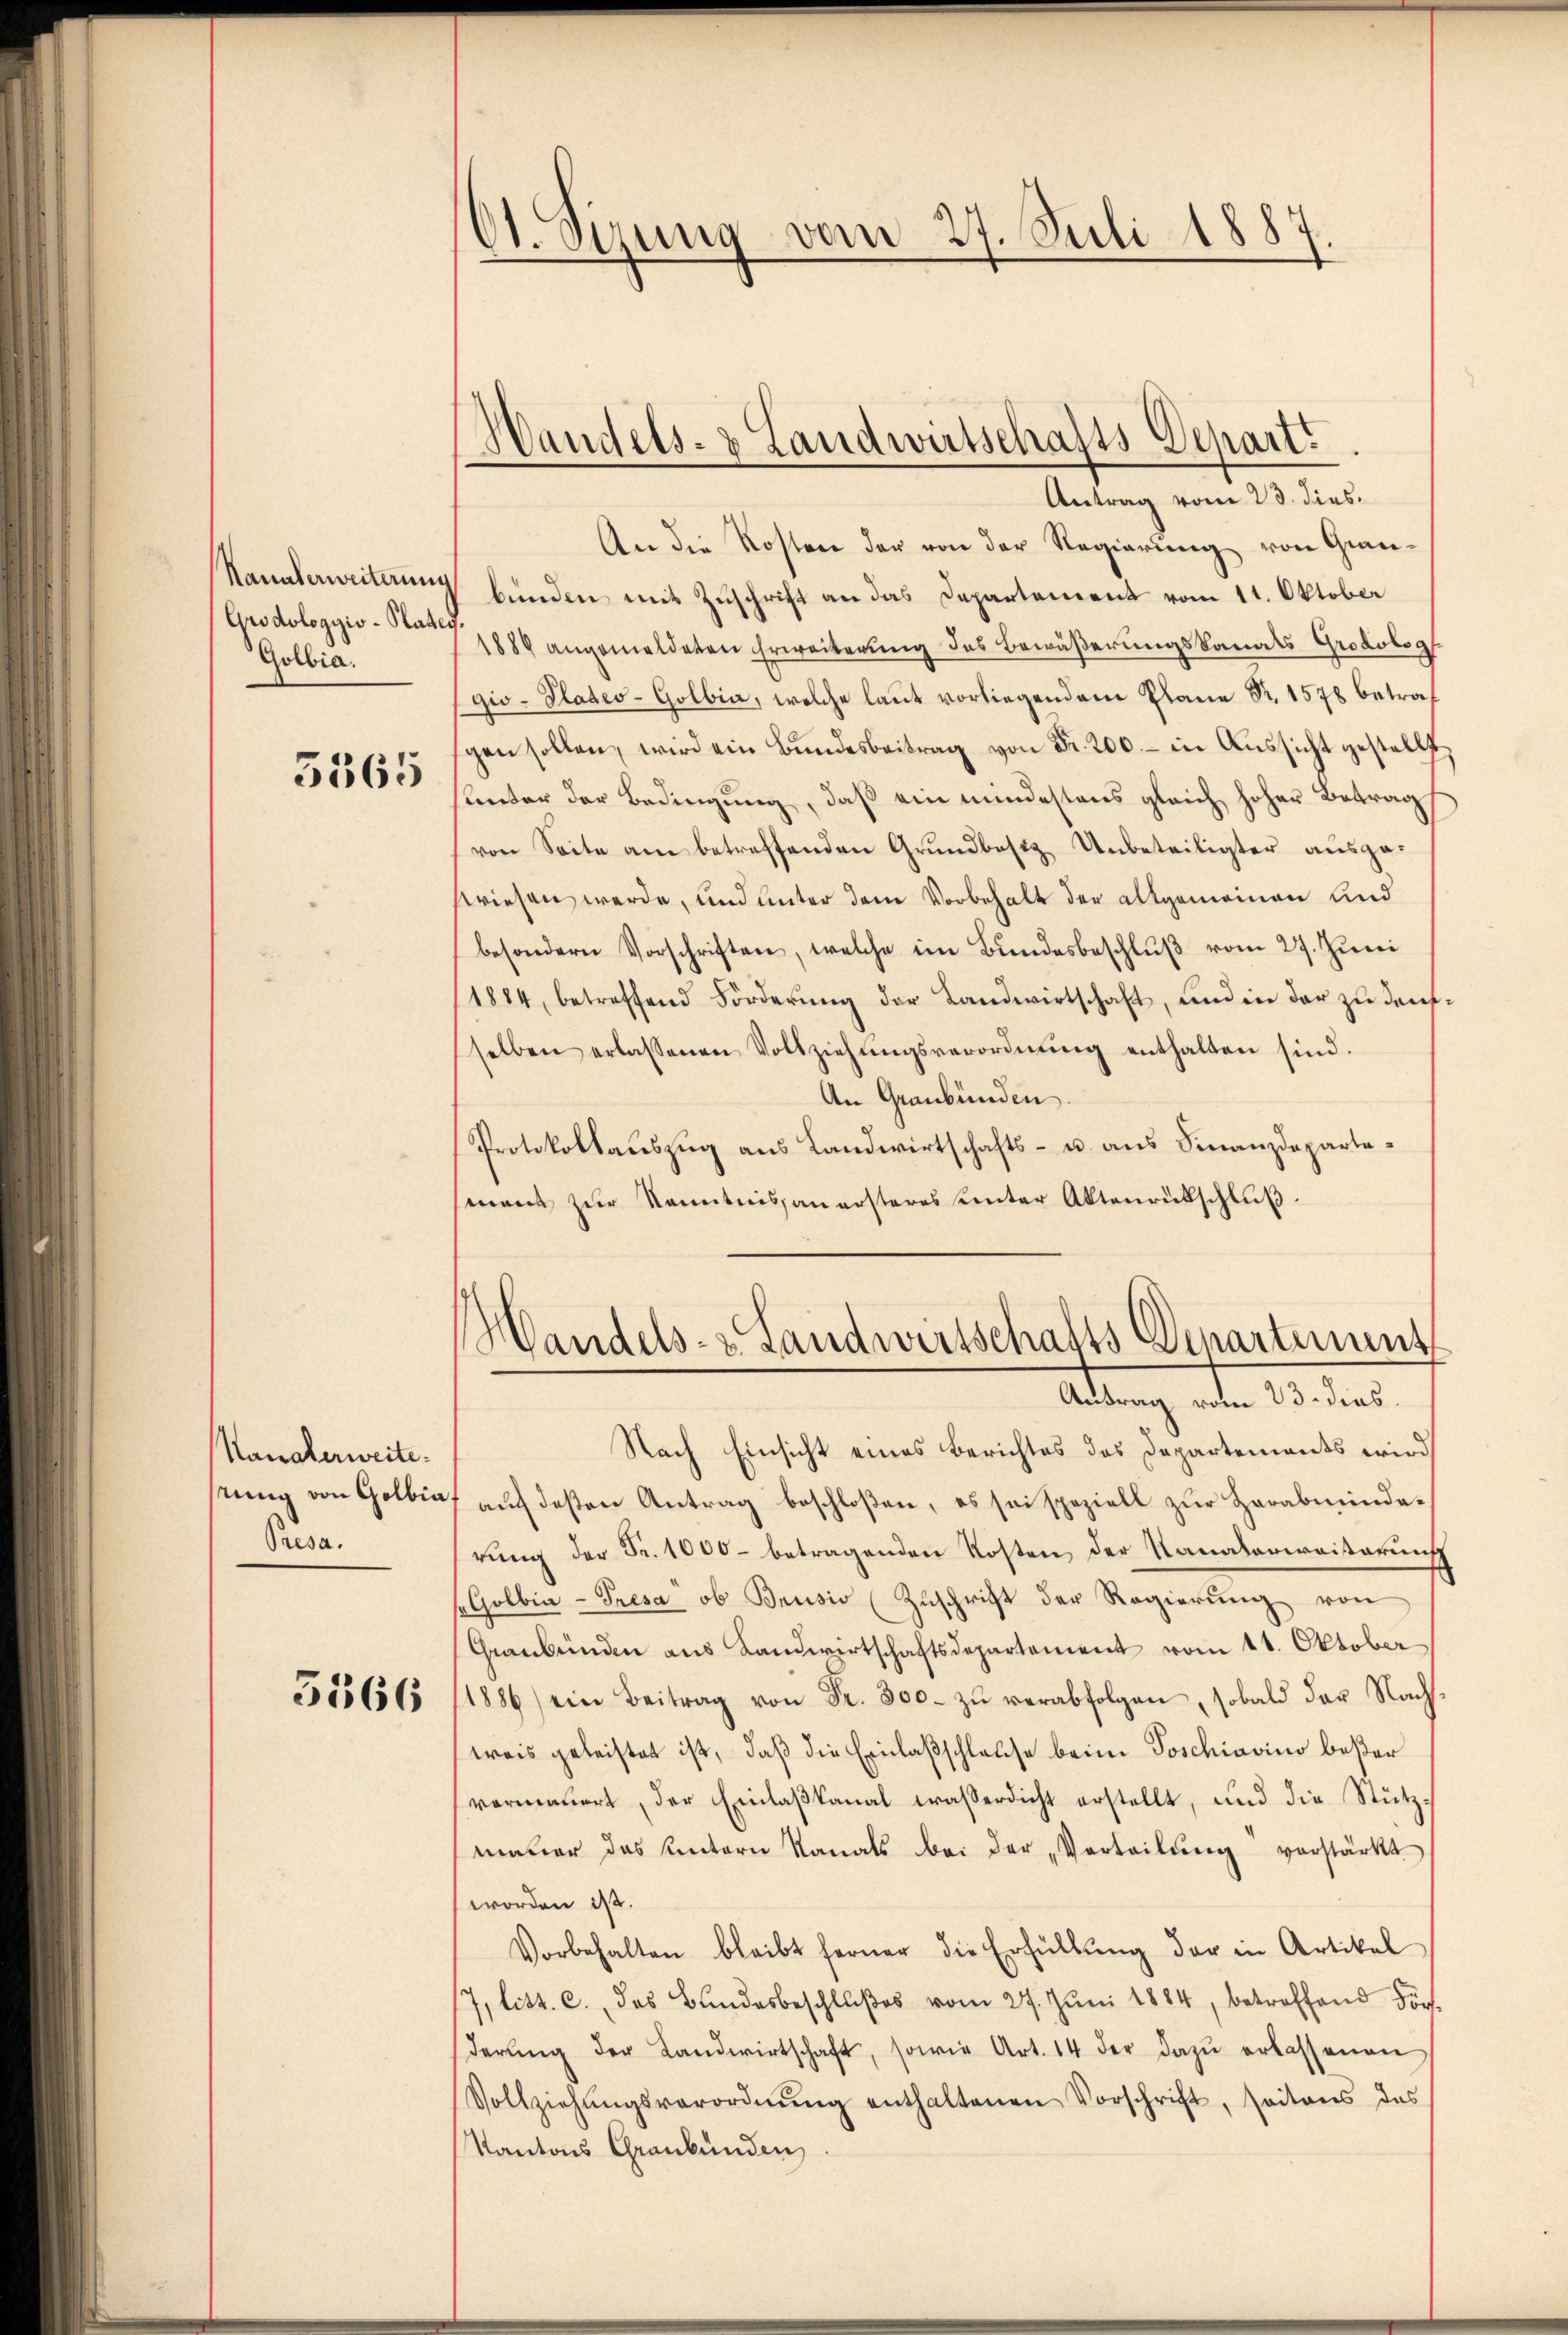
Haunterweiterung
Grodologyiv-Platey
Golbia.

5365

Kanalerweite.
stung von Golbia,
Presa.

5566

Ot. Sizung vom 27. Juli 1887.

Handels- & Landwirtschafts-Depart.

Antrag vom 23. dies
An die Kosten der von der Regierung von Grau-
bünden mit Zuschrift an das Departement vom 11. Oktober
(1886 angemeldeten Erweiterung des Bewäßerungskanals Grodolsg
gio-Plateo-Golbia, welche laut vorliegendem Plane S. 1578 betraf
gen sollen, wird ein Bŭndesbeitrag von Fr. 200.- in Aussicht gestellt
Lnter der Bedingung, daß ein mindestens gleich hoher Betrag
von Seite am betreffenden Grundbesiz Unbeteiligter ausgewiesen werde, und unter dem Vorbehalt der allgemeinen und
besondern Vorschriften, welche im Bŭndesbeschlŭβ vom 27. Jŭni
1884, betreffend Forderŭng der Landwirtschaft, und in der zu denf
selben erlassenen Vollziehŭngsverordnŭng enthalten sind.
An Graubünden.
Protokollauszug aus Landwirtschafts- u. aus Finanzdepartement zur Kenntnissanersteres unter Aktenrückschluß.
Handels- & Landwirtschafts Departemens
Antrag vom 23. dies.
Nach Einsicht eines Berichtes des Departements wird
auf deßen Antrag beschloßen, es sei speziell zur Harabminderung der Fr. 1000 betragenden Kosten der Kanalariaisterung
Golbia-Presa ob Brusio (Zŭschrift der Regierŭng von
Graubünden aus Landwirtschaftsdepartement vom 11. Oktober
1886) ein Beitrag von Fr. 800. zu verabfolgen, sobald der Nachsweis geleistet ist, daß die Einlaßschlause beim Poschiavino beßer
vermauert, der Einlaßkanal waßerdicht erstellt, und die Stützmauer das Untern Kanals bei der „Verteilŭng verstärkt
worden ist.
Vorbehalten bleibt ferner die Erfüllŭng der in Artikel
7, litt. c. das Bundesbeschlußes vom 27. Jŭni 1884, betroffend För-
derŭng der Landwirtschaft, sowie Art. 14 der dazŭ erlassenen
Vollziehŭngsverordnŭng enthaltenen Vorschrift, seitens des
Kantons Graubünden